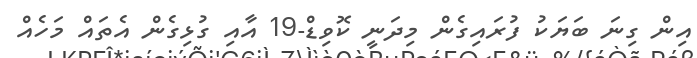
އިން ގިނަ ބަޔަކު ފުރައިގެން މިދަނީ ކޮވިޑް-19 އާއި ގުޅިގެން އެތައް މަހެއް